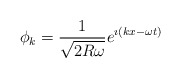
\begin{align*}\phi_{k}={1\over{\sqrt{2R\omega}}} e^{\imath(kx-\omega t)}\end{align*}